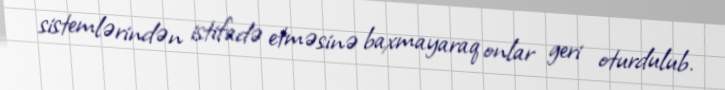
sistemlərindən istifadə etməsinə baxmayaraq onlar geri oturdulub.